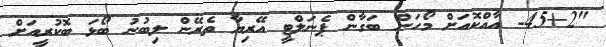
"45+2- އާއްކޮއަށް މޯހަން ބަގާން ޕެނަލްޓީ އޭރިޔާ ތެރޭން ލިބުނު ބޯޅަ ބޮކުރީއަށް